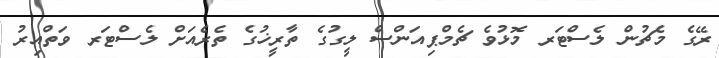
ރޭގެ މެޗުން ލެސްޓަރ މޮޅުވެ ޗެމްޕިއަންސް ލީގުގެ ތާރީޚުގެ ތެރެއަށް ލެސްޓަރ ވަތްއިރު